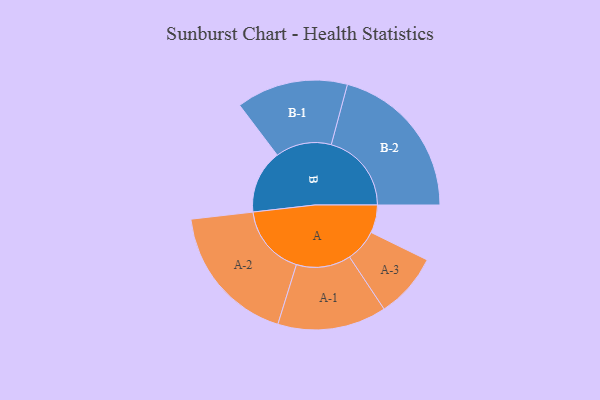
{"axis": {"x": "Segment", "y": "Value"}, "legend": ["", "A", "B"], "data": [{"x": "A", "y": 104, "type": ""}, {"x": "B", "y": 237, "type": ""}, {"x": "A-1", "y": 203, "type": "A"}, {"x": "A-2", "y": 264, "type": "A"}, {"x": "A-3", "y": 121, "type": "A"}, {"x": "B-1", "y": 208, "type": "B"}, {"x": "B-2", "y": 299, "type": "B"}]}